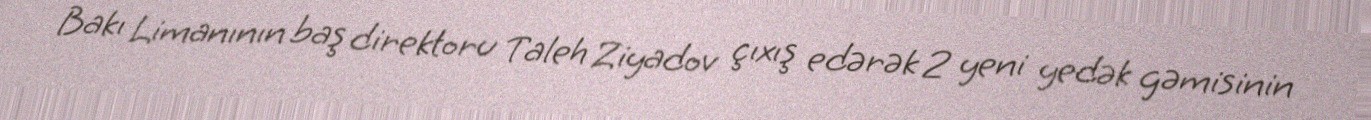
Bakı Limanının baş direktoru Taleh Ziyadov çıxış edərək 2 yeni yedək gəmisinin